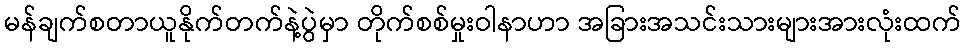
မန်ချက်စတာယူနိုက်တက်နဲ့ပွဲမှာ တိုက်စစ်မှုးဝါနာဟာ အခြားအသင်းသားများအားလုံးထက်